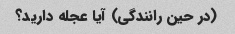
(در حین رانندگی) آیا عجله دارید؟